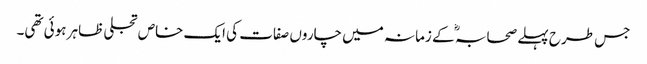
جس طرح پہلے صحابہ ؓ کے زمانہ میں چاروں صفات کی ایک خاص تجلی ظاہر ہوئی تھی۔